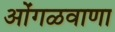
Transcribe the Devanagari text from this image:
ओंगळवाणा